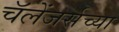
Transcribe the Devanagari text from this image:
चॅलेंजर्सच्या